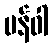
ပန်ဝါ